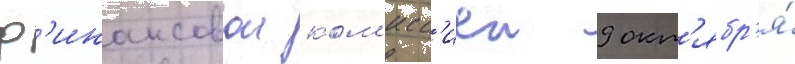
ф'инансовои ком'исс'иеи 9 окт'ябр'я́